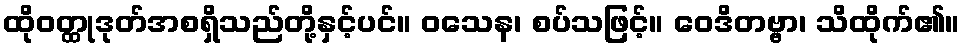
ထိုဝတ္ထုဒုတ်အစရှိသည်တို့နှင့်ပင်။ ဝသေန၊ စပ်သဖြင့်။ ဝေဒိတဗ္ဗာ၊ သိထိုက်၏။